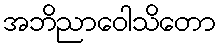
အဘိညာဝေါသိတော